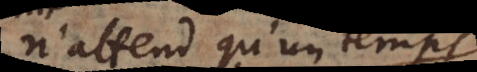
n’attend qu’un temps